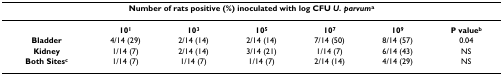
<table><thead><tr><td colspan="7"><b>Number of rats positive (%) inoculated with log CFU <i>U. parvum</i><sup>a</sup></b></td></tr></thead><tbody><tr><td></td><td><b>10<sup>1</sup></b></td><td><b>10<sup>3</sup></b></td><td><b>10<sup>5</sup></b></td><td><b>10<sup>7</sup></b></td><td><b>10<sup>9</sup></b></td><td><b>P value<sup>b</sup></b></td></tr><tr><td><b>Bladder</b></td><td>4/14 (29)</td><td>2/14 (14)</td><td>2/14 (14)</td><td>7/14 (50)</td><td>8/14 (57)</td><td>0.04</td></tr><tr><td><b>Kidney</b></td><td>1/14 (7)</td><td>2/14 (14)</td><td>3/14 (21)</td><td>1/14 (7)</td><td>6/14 (43)</td><td>NS</td></tr><tr><td><b>Both Sites<sup>c</sup></b></td><td>1/14 (7)</td><td>1/14 (7)</td><td>1/14 (7)</td><td>2/14 (14)</td><td>4/14 (29)</td><td>NS</td></tr></tbody></table>